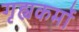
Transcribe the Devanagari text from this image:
गृह्यकर्मों